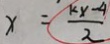
x = \frac { k x - 4 } { 2 }